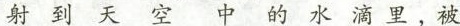
射到天空中的水滴里，被